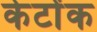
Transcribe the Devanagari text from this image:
केटोंक